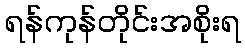
ရန်ကုန်တိုင်းအစိုးရ